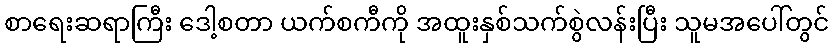
စာရေးဆရာကြီး ဒေါ့စတာ ယက်စကီကို အထူးနှစ်သက်စွဲလန်းပြီး သူမအပေါ်တွင်